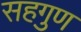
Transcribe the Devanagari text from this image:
सहगुण